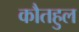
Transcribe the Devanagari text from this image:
कौतहुल